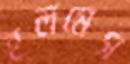
হলমেস